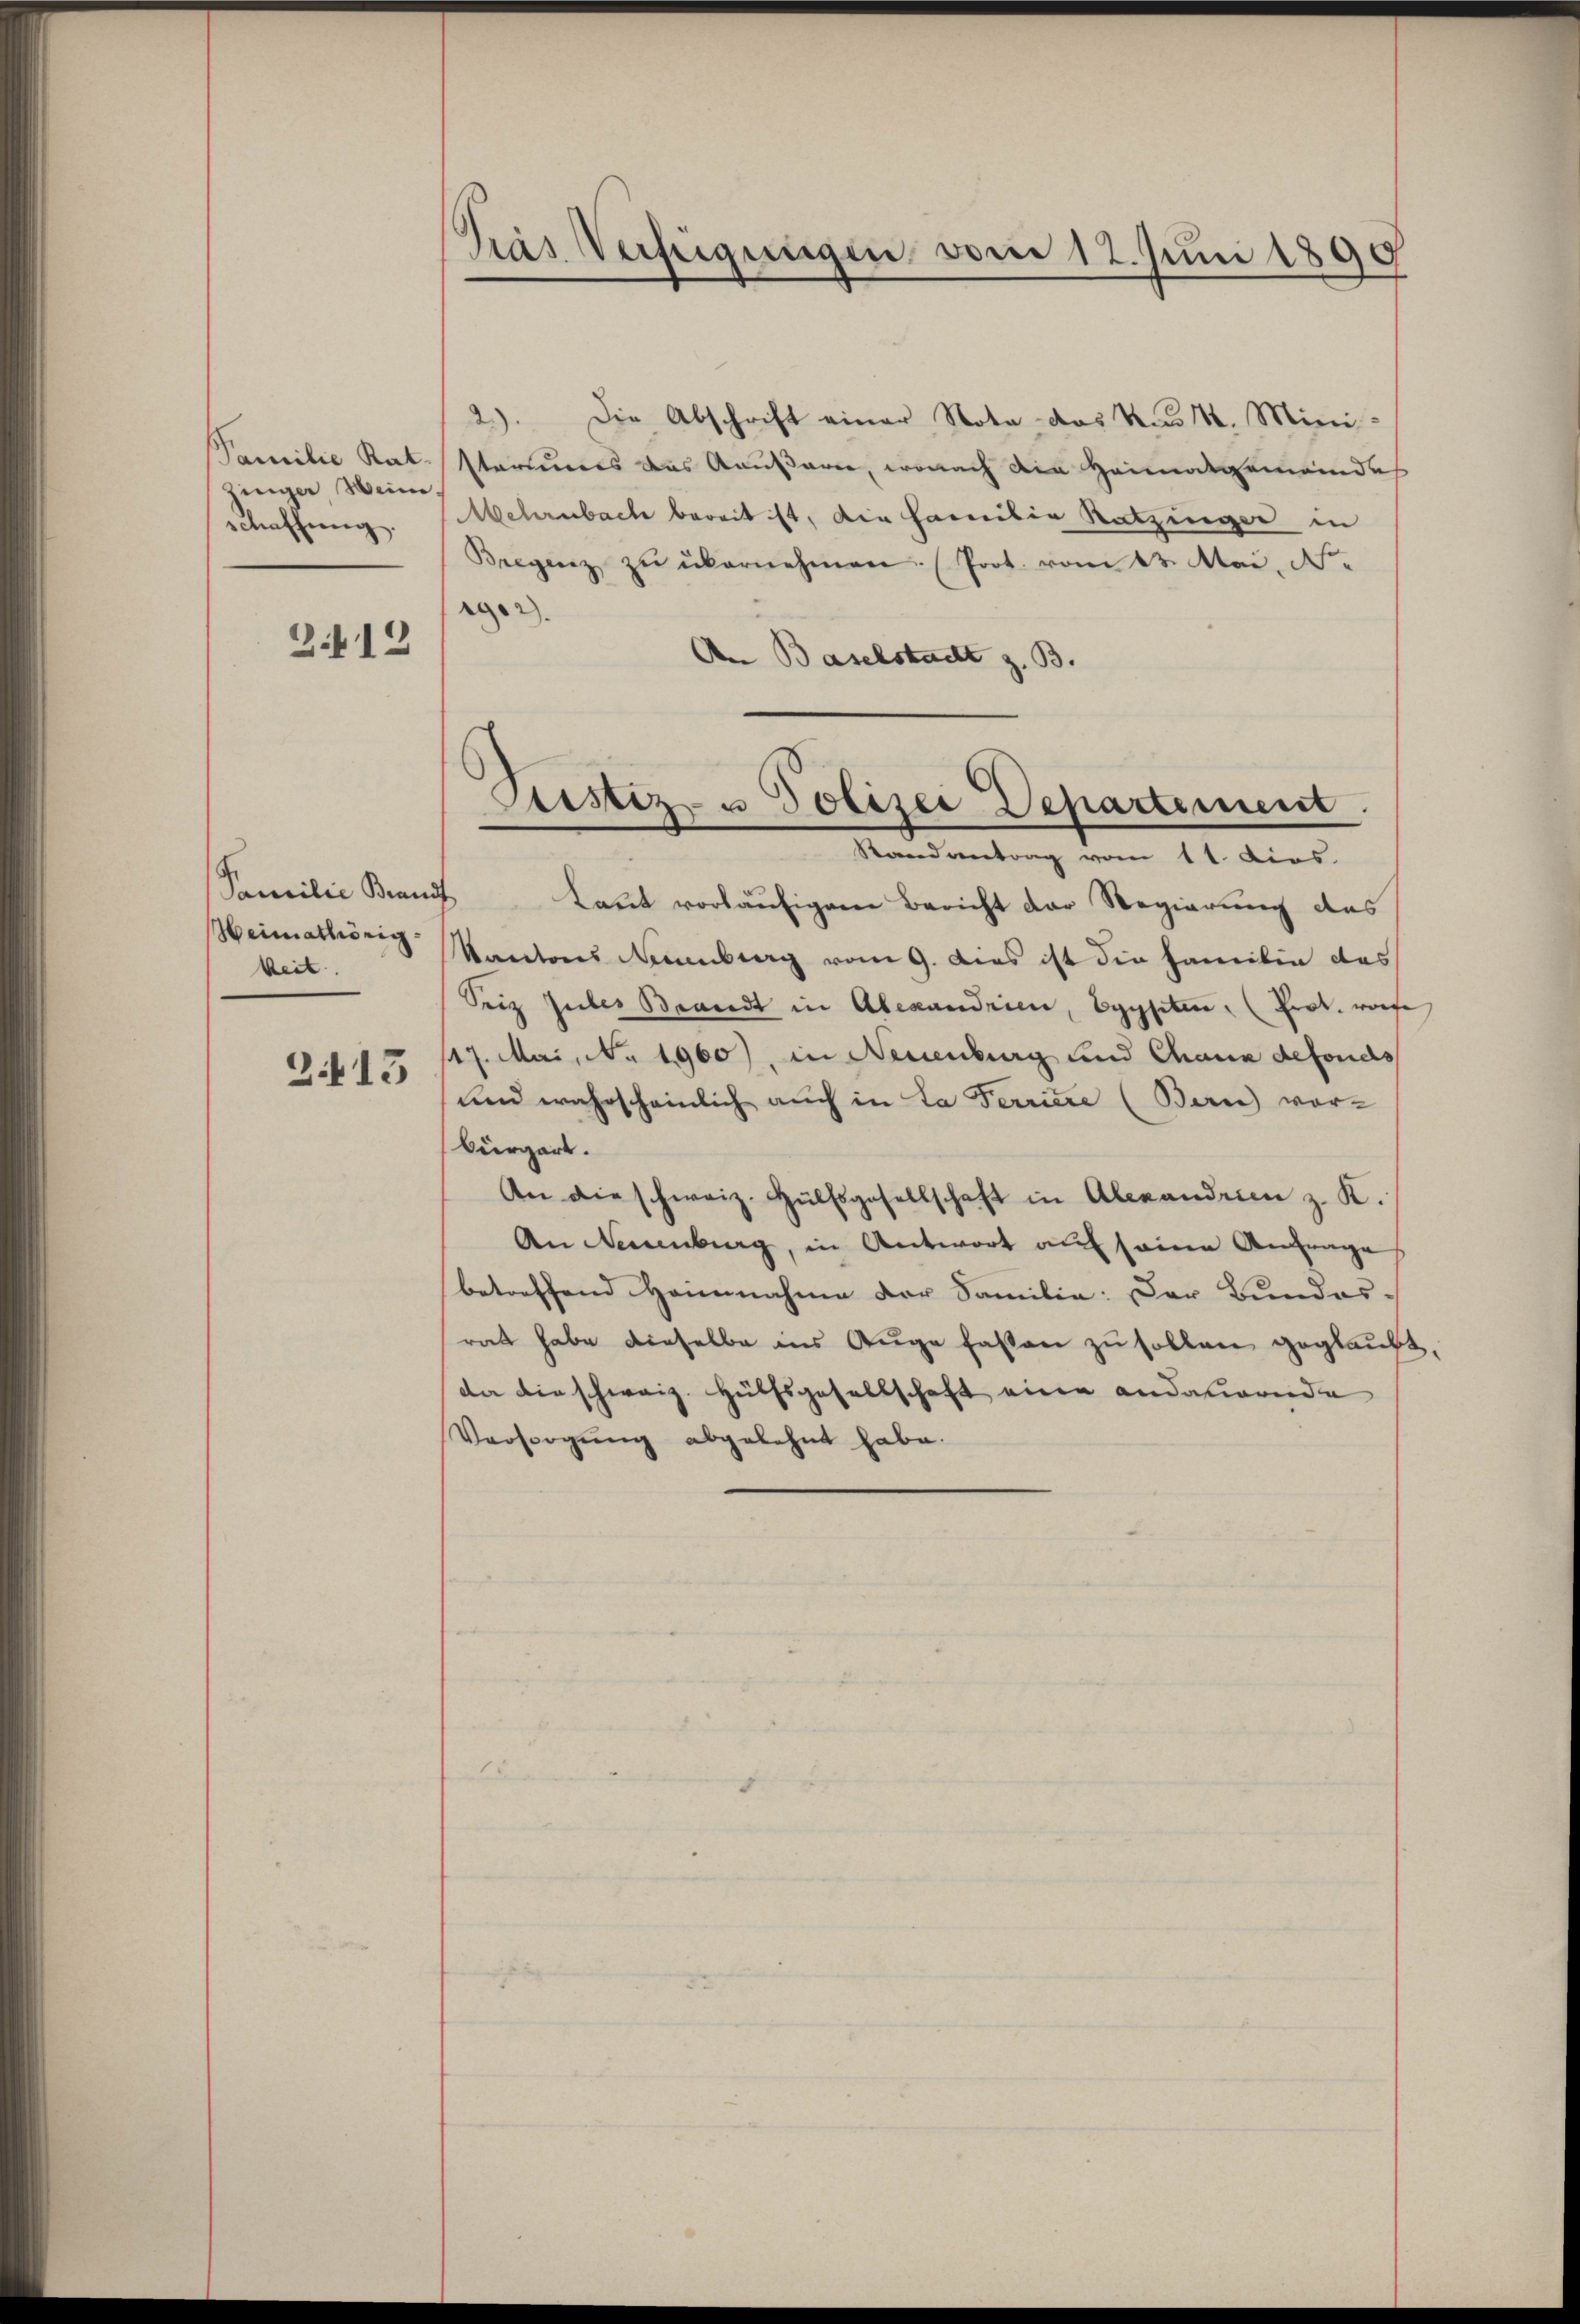
zinger Weini
schaffung.
2.12

Familie Brandt
Weimathörigkeit

213

Gras Verfügungen vom 12. Juni 1890

2). Die Abschrift einer Nota das das k. Mini-
Familie Rat starius des Kausaren, wonach die Heimatgemeindes
Mehrnbache bereit ist, die Familie Ratzinger in
Bregenz zŭ übernehmen. (Prot. vom 13. Mai, Ne
2.
An Baselstadt z. B.
Laut vorläufigene Bericht der Regierung des
Kantons Neuenburg vom 9. Dies ist die Familie das
Seiz Guber Brandt in Alexandrien, Egypten (Prok. wofe
17. Mai, No 1900), in Neuenburg und Chaux defonds
und wahrscheinlich auch in La Ferriere (Bern) vor-
bürgert.
An die schweiz. Hülfsgesellschaft in Alexandrien z. K.
An Neuenburg, in Antwort auf seine Anfrage,
betreffend Heinnahme der Familie. Der Bundesrat habe dieselbe ins Auge fassen zu sollen geglaubt.
da die schweiz. Hülfsgesellschaft eine andatirende
Versorgung abgelehnt habe.

Pristiz- u Polizei Departement.
Randvertrag vom 11. dies